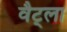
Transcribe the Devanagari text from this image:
वैट्ला